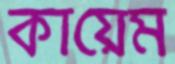
কায়েম